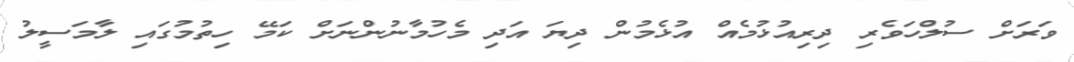
ވަރަށް ސުލްހަވެރި ދިރިއުޅުމެއް އުޅެމުން ދިޔަ އަދި މެހުމާނުންނަށް ކަމޭ ހިތުމުގައި ލާމަސީލު